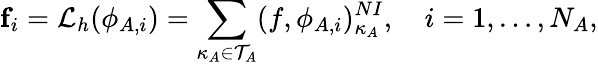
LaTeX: \mathbf{f}_{i}=\mathcal{L}_{h}(\phi_{A,i})=\sum_{\kappa_{A}\in\mathcal{T}_{A}}(f,\phi_{A,i})_{\kappa_{A}}^{NI},\quad i=1,\dots,N_{A},